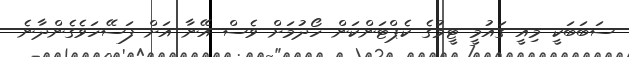
ސަބަބަކީ މިއީ ގައުމީ ޓީމުގެ ކެޕްޓަންކަން ހޯދުމަށް ވެސް އޭނާ އަށް ފަސޭހަވެގެންދާނެ